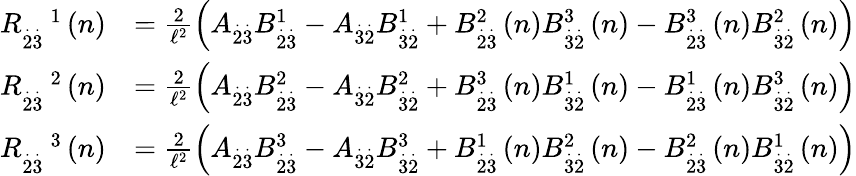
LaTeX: \begin{array}{rl}{R_{\overset{.}{2}\overset{.}{3}}^{\quad 1}\left(n\right)}&{=\frac{2}{\mathcal{\ell}^{2}}\left(A_{\overset{.}{2}\overset{.}{3}}B_{\overset{.}{2}\overset{.}{3}}^{1}-A_{\overset{.}{3}\overset{.}{2}}B_{\overset{.}{3}\overset{.}{2}}^{1}+B_{\overset{.}{2}\overset{.}{3}}^{2}\left(n\right)B_{\overset{.}{3}\overset{.}{2}}^{3}\left(n\right)-B_{\overset{.}{2}\overset{.}{3}}^{3}\left(n\right)B_{\overset{.}{3}\overset{.}{2}}^{2}\left(n\right)\right)}\\ {R_{\overset{.}{2}\overset{.}{3}}^{\quad 2}\left(n\right)}&{=\frac{2}{\mathcal{\ell}^{2}}\left(A_{\overset{.}{2}\overset{.}{3}}B_{\overset{.}{2}\overset{.}{3}}^{2}-A_{\overset{.}{3}\overset{.}{2}}B_{\overset{.}{3}\overset{.}{2}}^{2}+B_{\overset{.}{2}\overset{.}{3}}^{3}\left(n\right)B_{\overset{.}{3}\overset{.}{2}}^{1}\left(n\right)-B_{\overset{.}{2}\overset{.}{3}}^{1}\left(n\right)B_{\overset{.}{3}\overset{.}{2}}^{3}\left(n\right)\right)}\\ {R_{\overset{.}{2}\overset{.}{3}}^{\quad 3}\left(n\right)}&{=\frac{2}{\mathcal{\ell}^{2}}\left(A_{\overset{.}{2}\overset{.}{3}}B_{\overset{.}{2}\overset{.}{3}}^{3}-A_{\overset{.}{3}\overset{.}{2}}B_{\overset{.}{3}\overset{.}{2}}^{3}+B_{\overset{.}{2}\overset{.}{3}}^{1}\left(n\right)B_{\overset{.}{3}\overset{.}{2}}^{2}\left(n\right)-B_{\overset{.}{2}\overset{.}{3}}^{2}\left(n\right)B_{\overset{.}{3}\overset{.}{2}}^{1}\left(n\right)\right)}\end{array}